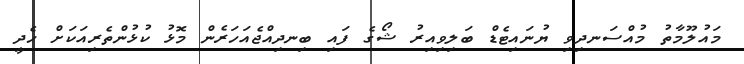
މައުލޫމާތު މުއްސަނދިވި ޔުނައިޓެޑް ބަލިވިއިރު ޝޯގެ ފައި ބިނދިއްޖެއަހަރެން މޮޅު ކުޅުންތެރިއަކަށް ހެދީ